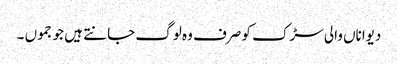
دیواناں والی سڑک کو صرف وہ لوگ جانتے ہیں جو جموں ۔